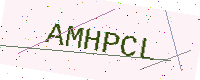
Text: AMHPCL